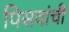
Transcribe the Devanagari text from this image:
पिसवांची